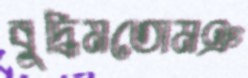
বুদ্ধিমতোমঞ